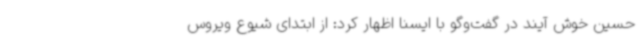
حسین خوش آیند در گفت‌وگو با ایسنا اظهار کرد: از ابتدای شیوع ویروس